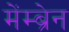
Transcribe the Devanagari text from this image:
मेंम्ब्रेन